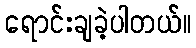
ရောင်းချခဲ့ပါတယ်။